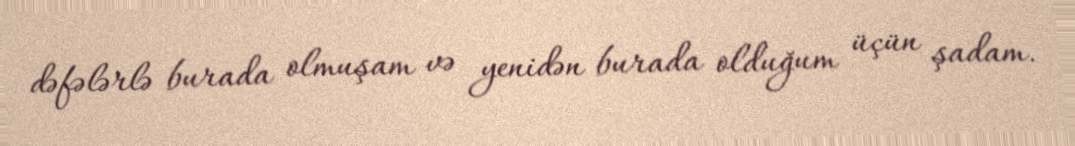
dəfələrlə burada olmuşam və yenidən burada olduğum üçün şadam.